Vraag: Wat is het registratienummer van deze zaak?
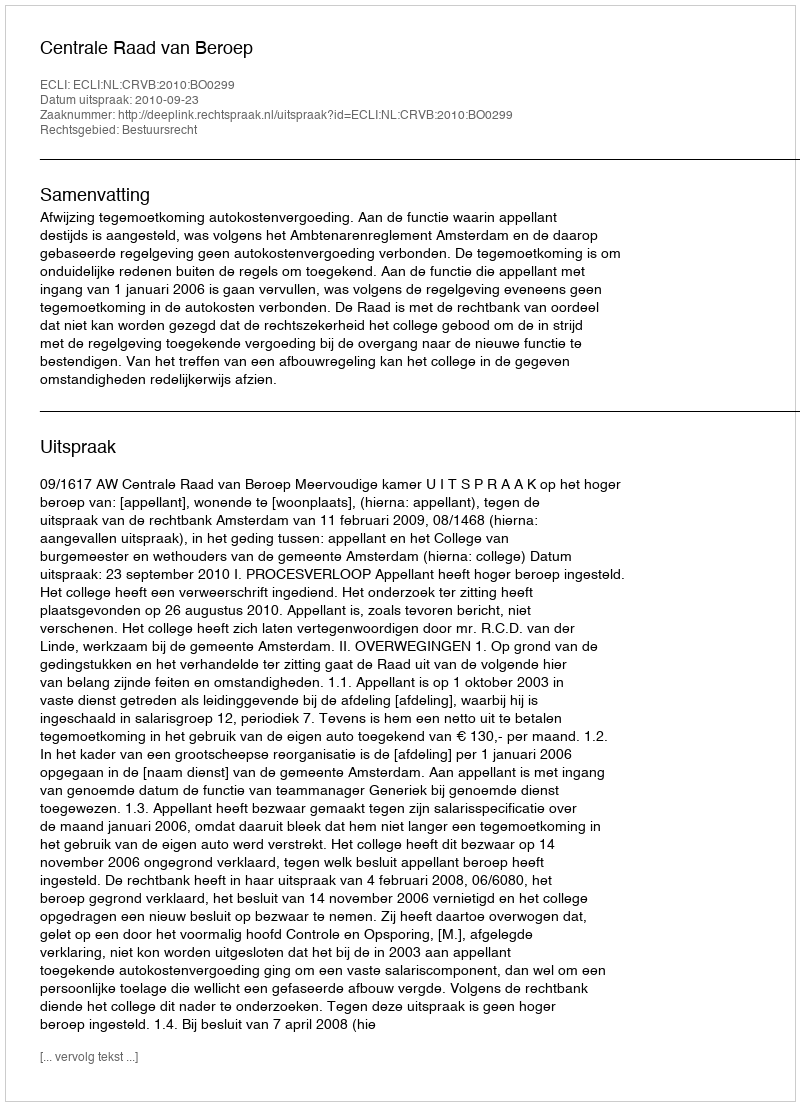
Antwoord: http://deeplink.rechtspraak.nl/uitspraak?id=ECLI:NL:CRVB:2010:BO0299